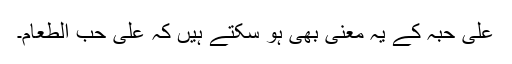
عَلیٰ حُبِّہٖ کے یہ معنی بھی ہو سکتے ہیں کہ عَلیٰ حُبِّ الطَّعَامِ۔